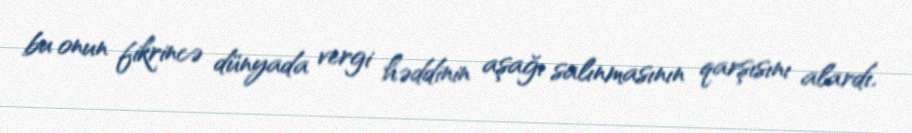
bu onun fikrincə dünyada vergi həddinin aşağı salınmasının qarşısını alardı.